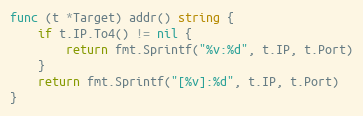
Language: Go
func (t *Target) addr() string {
	if t.IP.To4() != nil {
		return fmt.Sprintf("%v:%d", t.IP, t.Port)
	}
	return fmt.Sprintf("[%v]:%d", t.IP, t.Port)
}